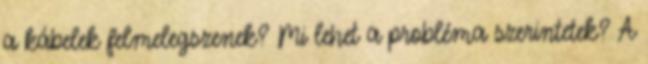
a kábelek felmelegszenek? Mi lehet a probléma szerintetek? A